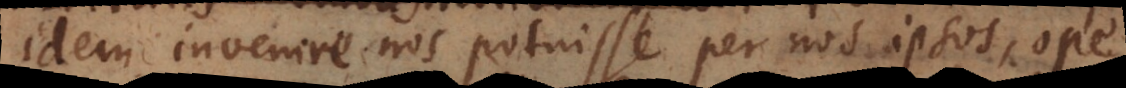
idem invenire nos potuisse per nos ipsos, ope